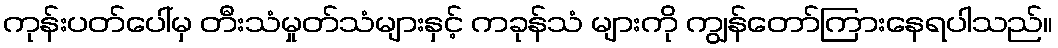
ကုန်းပတ်ပေါ်မှ တီးသံမှုတ်သံများနှင့် ကခုန်သံ များကို ကျွန်တော်ကြားနေရပါသည်။